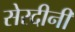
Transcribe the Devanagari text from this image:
सेरदीनी